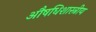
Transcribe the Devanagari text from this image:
औषधिशास्त्रीय